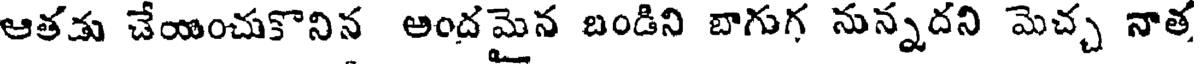
ఆతడు చేయించుకొనిన అందమైన బండిని బాగుగ నున్నదని మెచ్చ నాత